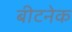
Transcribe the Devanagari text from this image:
बीटनेक